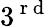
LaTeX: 3^{\mathrm{~r~d~}}